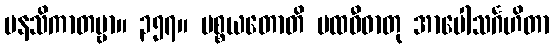
မနသိကာတဗ္ဗာ။ ၃၅၇။ ပစ္စယတောတိ ပထဝီဓာတု အာပေါသင်္ဂဟိတာ